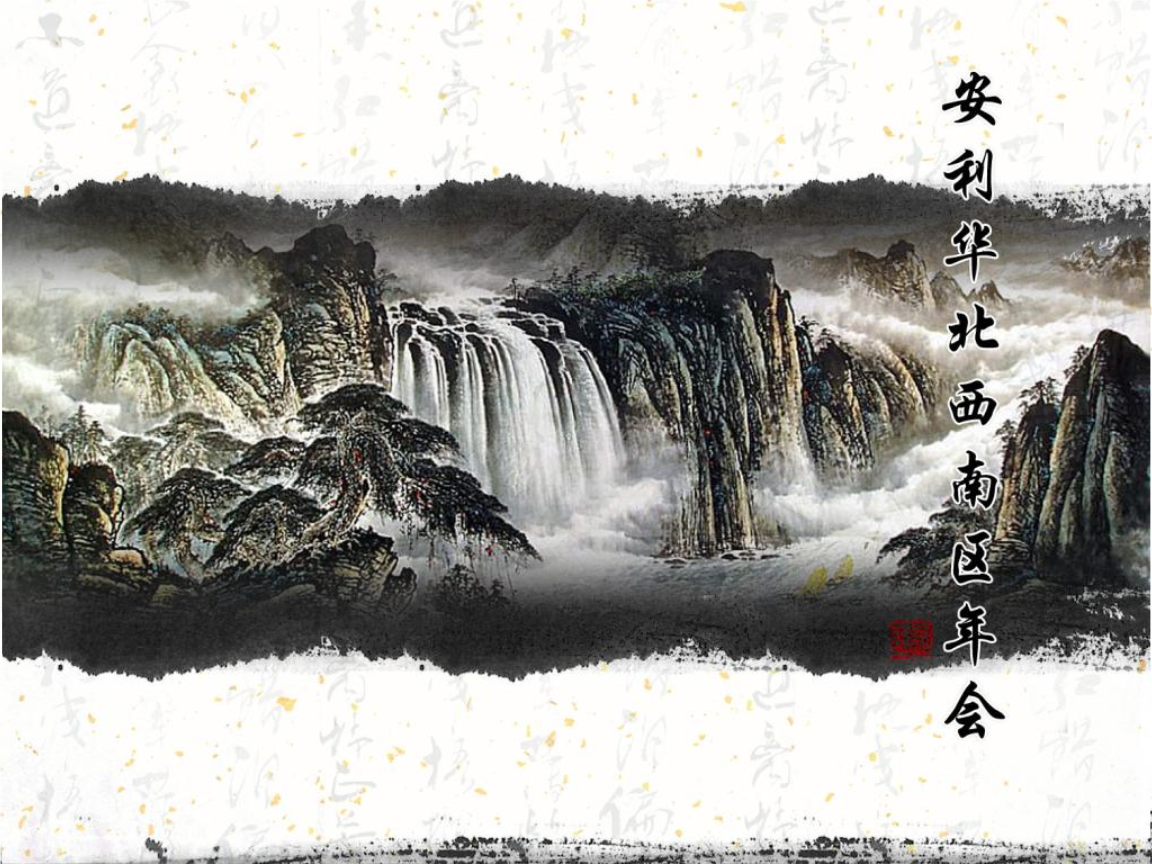
材悫者常安利，荡悍者常危害